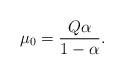
LaTeX: \begin{align*}\mu_0=\frac{Q \alpha}{1-\alpha}.\end{align*}